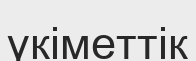
үкіметтік